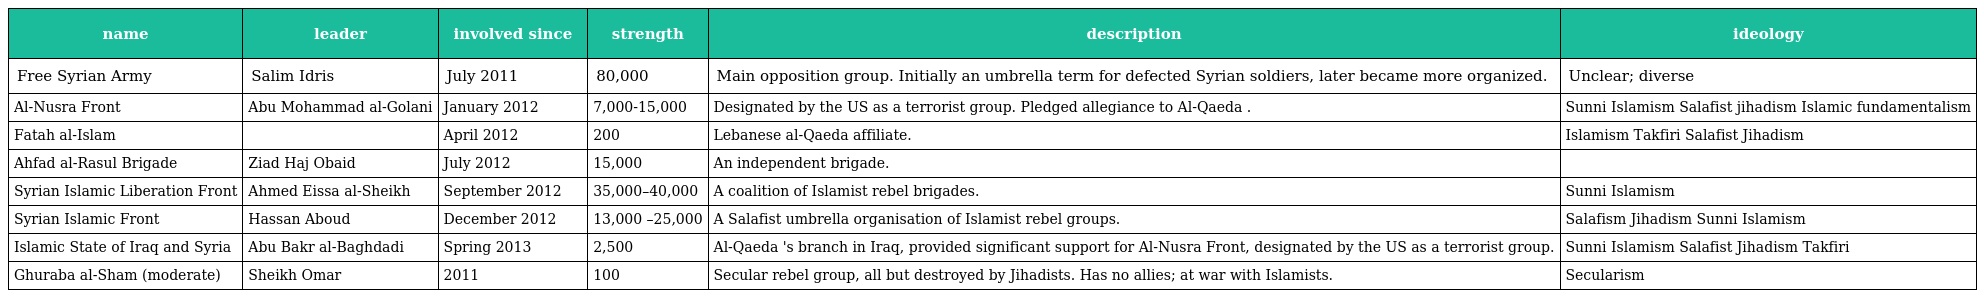
| name | leader | involved since | strength | description | ideology |
 | --- | --- | --- | --- | --- | --- |
 | Free Syrian Army | Salim Idris | July 2011 | 80,000 | Main opposition group. Initially an umbrella term for defected Syrian soldiers, later became more organized. | Unclear; diverse |
 | Al-Nusra Front | Abu Mohammad al-Golani | January 2012 | 7,000-15,000 | Designated by the US as a terrorist group. Pledged allegiance to Al-Qaeda . | Sunni Islamism Salafist jihadism Islamic fundamentalism |
 | Fatah al-Islam |  | April 2012 | 200 | Lebanese al-Qaeda affiliate. | Islamism Takfiri Salafist Jihadism |
 | Ahfad al-Rasul Brigade | Ziad Haj Obaid | July 2012 | 15,000 | An independent brigade. |  |
 | Syrian Islamic Liberation Front | Ahmed Eissa al-Sheikh | September 2012 | 35,000–40,000 | A coalition of Islamist rebel brigades. | Sunni Islamism |
 | Syrian Islamic Front | Hassan Aboud | December 2012 | 13,000 –25,000 | A Salafist umbrella organisation of Islamist rebel groups. | Salafism Jihadism Sunni Islamism |
 | Islamic State of Iraq and Syria | Abu Bakr al-Baghdadi | Spring 2013 | 2,500 | Al-Qaeda 's branch in Iraq, provided significant support for Al-Nusra Front, designated by the US as a terrorist group. | Sunni Islamism Salafist Jihadism Takfiri |
 | Ghuraba al-Sham (moderate) | Sheikh Omar | 2011 | 100 | Secular rebel group, all but destroyed by Jihadists. Has no allies; at war with Islamists. | Secularism |